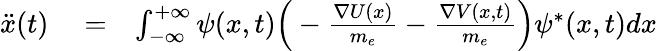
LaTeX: \begin{array}{rlr}{\ddot{x}(t)}&{{}=}&{\int_{-\infty}^{+\infty}\psi(x,t)\Big(-\frac{\nabla U(x)}{m_{e}}-\frac{\nabla V(x,t)}{m_{e}}\Big)\psi^{*}(x,t)dx}\end{array}